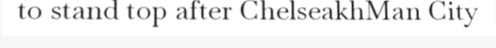
to stand top after ChelseakhMan City